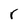
Character: r